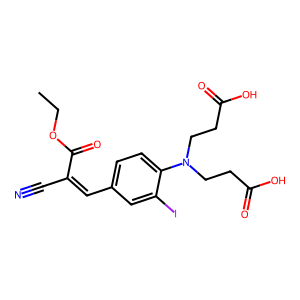
SMILES: CCOC(=O)C(C#N)=Cc1ccc(N(CCC(=O)O)CCC(=O)O)c(I)c1
Inhibits HIV replication: Yes